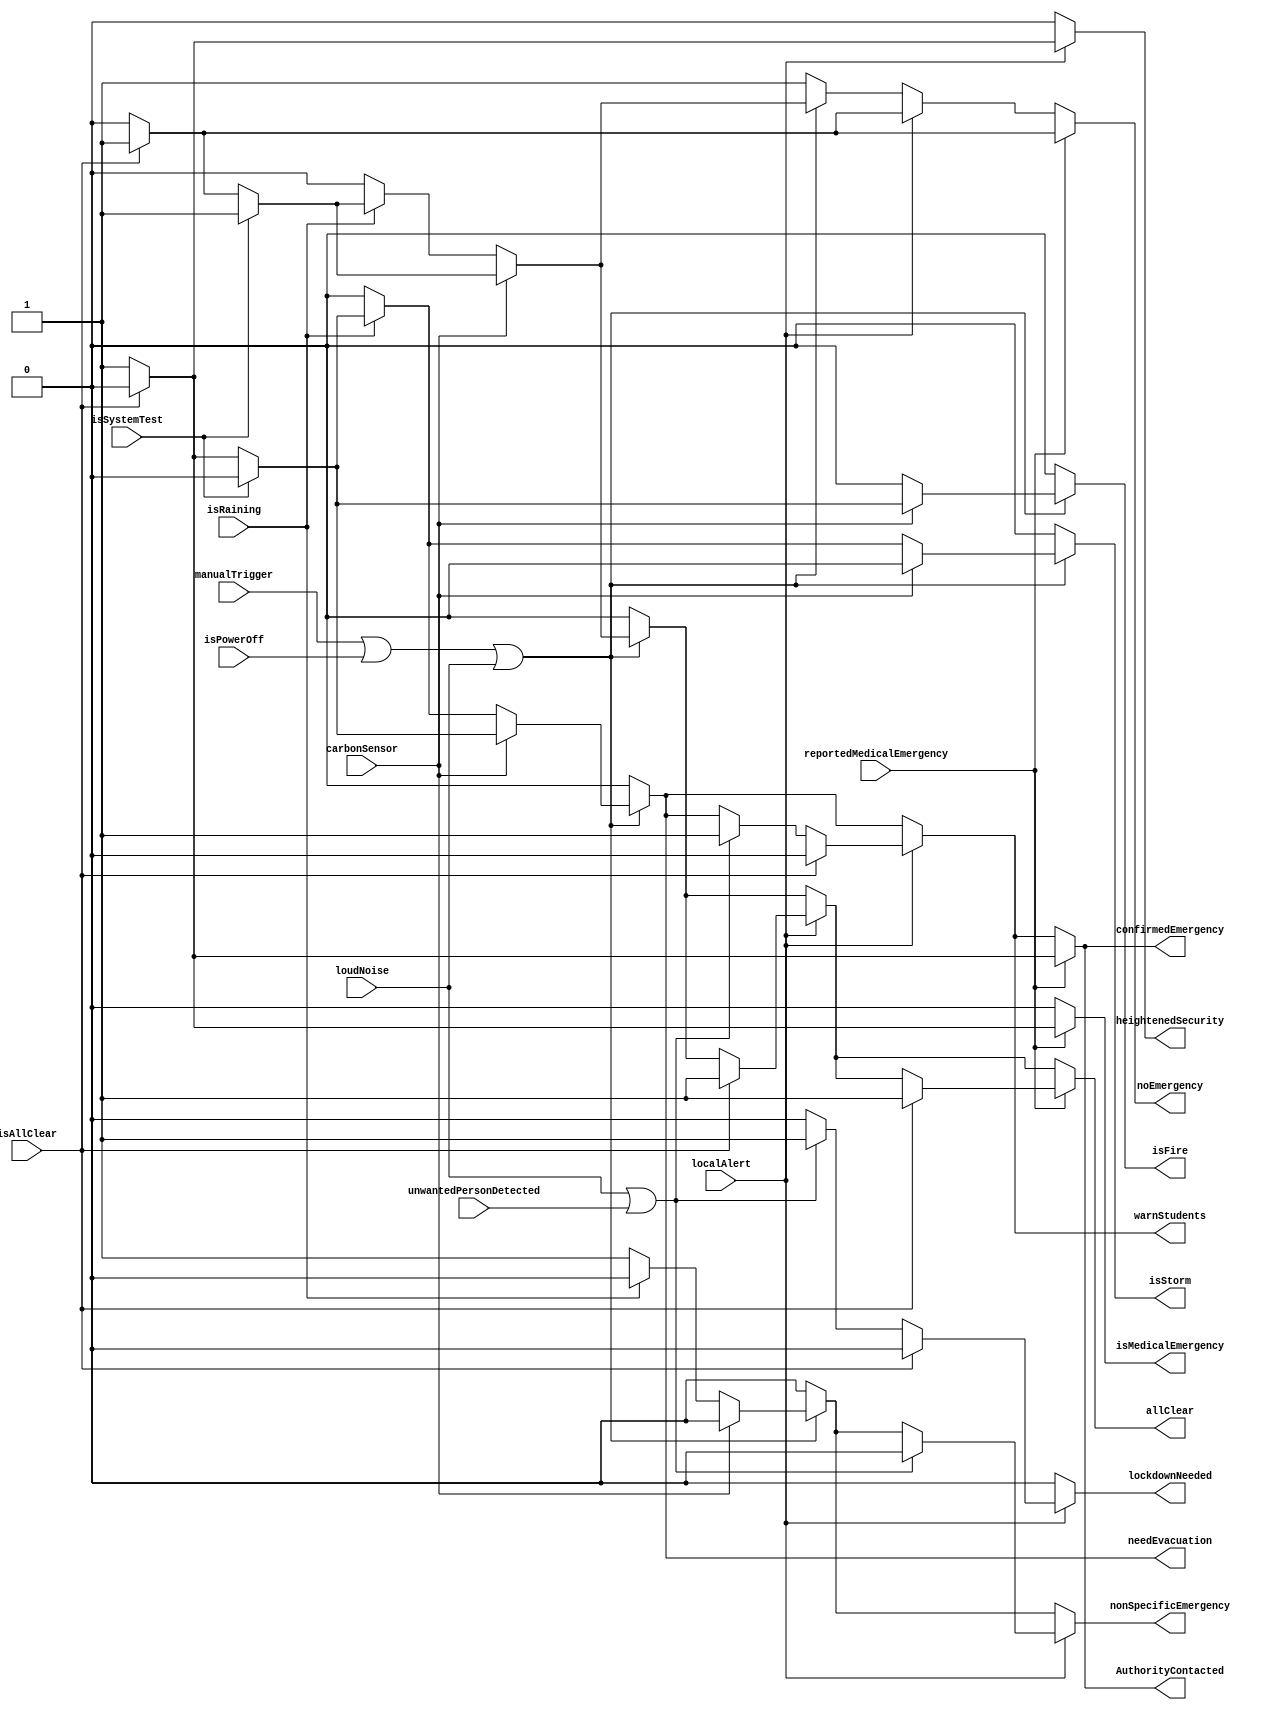
module weatherMatic3000(input manualTrigger, output noEmergency, output AuthorityContacted, output confirmedEmergency, 
input isSystemTest, input carbonSensor, input isPowerOff,input loudNoise, input localAlert,output nonSpecificEmergency, 
input isRaining, input reportedMedicalEmergency, input unwantedPersonDetected, output warnStudents,output isFire, 
output isStorm, output isMedicalEmergency, output lockdownNeeded, output heightenedSecurity, 
output needEvacuation, input isAllClear, output allClear);

//Set all the outputs as registers to use later.
reg confirmedEmergency, AuthorityContacted, nonSpecificEmergency, isMedicalEmergency, 
warnStudents, isFire, isStorm, allClear, heightenedSecurity, noEmergency, needEvacuation, lockdownNeeded;

//Begin the logic loop
always @(isSystemTest or manualTrigger or isRaining or reportedMedicalEmergency or carbonSensor
 or isPowerOff or loudNoise or localAlert or isMedicalEmergency or isAllClear or unwantedPersonDetected)
    begin
     noEmergency<=1;
     allClear <=0;
     confirmedEmergency <= 0;
     AuthorityContacted <= 0;
     nonSpecificEmergency <=0;
     isMedicalEmergency <=0;
     warnStudents <= 0;
     isFire <=0;
     isStorm <=0;
     heightenedSecurity <=0;
     needEvacuation <=0;
     lockdownNeeded <=0;
        //When the Manual Trigger or Power Off is detected, change state of emergency from none to an unidentified emergency
        if(manualTrigger ==1 || isPowerOff ==1 ||loudNoise ==1)
            begin
            noEmergency <= 0;
            nonSpecificEmergency <= 1;
            //When carbonSensor is activated and an unidentified emergency is activated, 
            //system detects fire and sends various output states 
            if(carbonSensor ==1)
                begin
                nonSpecificEmergency <=0;
                confirmedEmergency <=1;
                isFire <=1;
                //when not a system test
                if(isSystemTest==0)
                    begin
                    warnStudents <=1;
                    AuthorityContacted <=1;
                    needEvacuation <=1;
                    //when the all clear is given
                    if(isAllClear==1)
                        begin  
                        confirmedEmergency <=0;
                        isFire <=0;
                        warnStudents <=0;
                        AuthorityContacted <=0;
                        needEvacuation <=0;
                        allClear <=1;
                        noEmergency <=1;
                        end
                    end
                //when a system test
                else
                    begin
                    allClear <= 1;
                    confirmedEmergency <=0;
                    isFire <= 0;
                    noEmergency <=1;
                    end
                end
            //System detects a storm
            else if (isRaining ==1)
                begin 
                nonSpecificEmergency <= 0;
                confirmedEmergency <=1;
                isStorm <= 1;
                if(isSystemTest==0)
                    begin
                    warnStudents <=1;
                    AuthorityContacted <=1;
                    needEvacuation <=1;
                    //when the all clear is given
                    if(isAllClear==1)
                        begin  
                        confirmedEmergency <=0;
                        isStorm <=0;
                        warnStudents <=0;
                        AuthorityContacted <=0;
                        needEvacuation <=0;
                        allClear <=1;
                        noEmergency <=1;
                        end
                    end
                //when a system test
                else
                    begin
                    allClear <= 1;
                    confirmedEmergency <=0;
                    isStorm <= 0;
                    noEmergency <=1;
                    end
                end
            end
        //Go to a state of caution with a local alert out
        if (localAlert ==1)
            begin
            noEmergency <= 0;
            heightenedSecurity <= 1;
            //If a loud noise or unwantedPersonDetected with heightenedSecurity, 
	    //go to lockdownNeeded and contact authorities
            if(loudNoise == 1 || unwantedPersonDetected ==1)
                begin
                lockdownNeeded <= 1;
                nonSpecificEmergency <=0;
                confirmedEmergency <=1;
                warnStudents <=1;
                AuthorityContacted <=1;
                end
            if(isAllClear==1)
                begin
                noEmergency <=1;
                 lockdownNeeded <= 0;
                heightenedSecurity <= 0;
                confirmedEmergency <= 0;
                warnStudents <=0;
                AuthorityContacted <=0;
                allClear <= 1;
                end
            end
        //When there is a reported medical emergency, contact authorities and wait for all clear
        if(reportedMedicalEmergency ==1)
            begin 
            noEmergency <=0;
            confirmedEmergency <=1;
            isMedicalEmergency <=1;
            AuthorityContacted <=1;
            if(isAllClear==1)
                    begin
                    noEmergency <=1;
                    confirmedEmergency <= 0;
                    isMedicalEmergency <=0;
                    AuthorityContacted <=0;
                    allClear <= 1;
                    end
            end

    end

endmodule